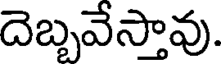
దెబ్బవేస్తావు.